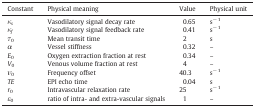
<table><thead><tr><td><b>Constant</b></td><td><b>Physical meaning</b></td><td><b>Value</b></td><td><b>Physical unit</b></td></tr></thead><tbody><tr><td><i>κ</i><sub><i>s</i></sub></td><td>Vasodilatory signal decay rate</td><td>0.65</td><td>s<sup>− 1</sup></td></tr><tr><td><i>κ</i><sub><i>f</i></sub></td><td>Vasodilatory signal feedback rate</td><td>0.41</td><td>s<sup>− 1</sup></td></tr><tr><td><i>τ</i><sub>0</sub></td><td>Mean transit time</td><td>2</td><td>s</td></tr><tr><td><i>α</i></td><td>Vessel stiffness</td><td>0.32</td><td>–</td></tr><tr><td><i>E</i><sub>0</sub></td><td>Oxygen extraction fraction at rest</td><td>0.34</td><td>–</td></tr><tr><td><i>V</i><sub>0</sub></td><td>Venous volume fraction at rest</td><td>4</td><td>–</td></tr><tr><td><i>ν</i><sub>0</sub></td><td>Frequency offset</td><td>40.3</td><td>s<sup>− 1</sup></td></tr><tr><td><i>TE</i></td><td>EPI echo time</td><td>0.04</td><td>s</td></tr><tr><td><i>r</i><sub>0</sub></td><td>Intravascular relaxation rate</td><td>25</td><td>s<sup>− 1</sup></td></tr><tr><td><i>ε</i><sub>0</sub></td><td>ratio of intra- and extra-vascular signals</td><td>1</td><td>–</td></tr></tbody></table>